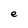
Character: e